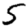
Digit: 5